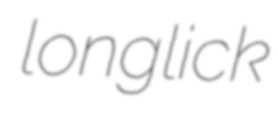
longlick